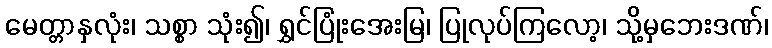
မေတ္တာနှလုံး၊ သစ္စာ သုံး၍၊ ရွှင်ပြုံးအေးမြ၊ ပြုလုပ်ကြလော့၊ သို့မှဘေးဒဏ်၊